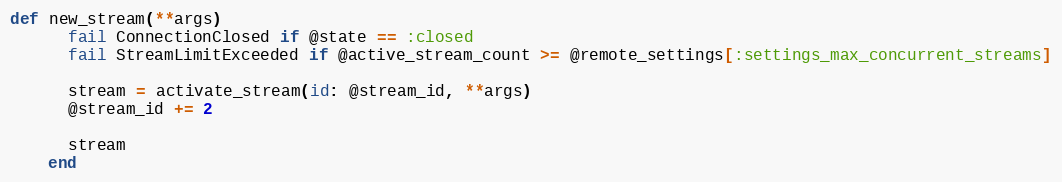
Language: Ruby
def new_stream(**args)
      fail ConnectionClosed if @state == :closed
      fail StreamLimitExceeded if @active_stream_count >= @remote_settings[:settings_max_concurrent_streams]

      stream = activate_stream(id: @stream_id, **args)
      @stream_id += 2

      stream
    end